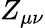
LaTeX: Z_{\mu\nu}